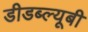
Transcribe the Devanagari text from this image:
डीडब्ल्यूबी